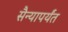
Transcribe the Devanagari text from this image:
सैन्यापर्यंत